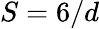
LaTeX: S=6/d